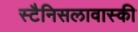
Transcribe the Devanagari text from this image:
स्टैनिसलावास्की